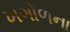
ખગોળના